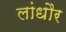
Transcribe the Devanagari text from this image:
लांधौर